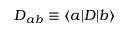
\ensuremath { \boldsymbol { D } } _ { a b } \equiv \ensuremath { \langle a | } \ensuremath { \boldsymbol { D } } \ensuremath { | b \rangle }